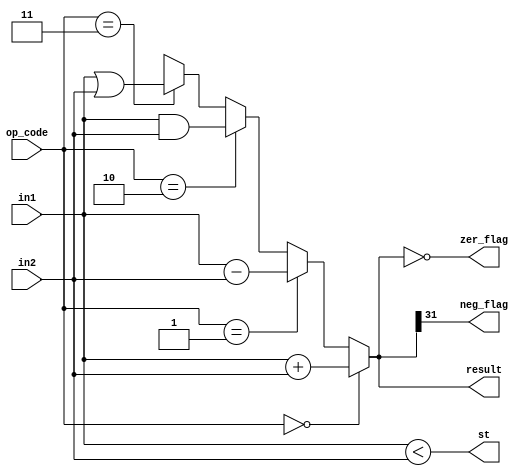
`define _add 3'd0
`define _sub 3'd1
`define _and 3'd2
`define _or 3'd3

module ALU (
    in1,
    in2,
    op_code,
    result,
    zer_flag,
    neg_flag,
    st
);
  parameter word_len = 32;
  input [word_len - 1 : 0] in1, in2;
  input [2:0] op_code;

  output [word_len - 1 : 0] result;
  output zer_flag, neg_flag, st;

  assign neg_flag = result[31];
  assign zer_flag = (result == 32'b0);
  assign st = ($signed(in1) < $signed(in2));

  assign result = (op_code == `_add) ? in1 + in2 :
    (op_code == `_sub) ? in1 - in2 :
    (op_code == `_and) ? in1 & in2 :
    (op_code == `_or) ? in1 | in2 :
    'bx;
endmodule